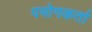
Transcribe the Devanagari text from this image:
पयोगकर्ता